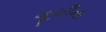
ગૂચીના